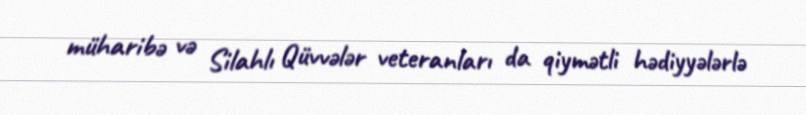
müharibə və Silahlı Qüvvələr veteranları da qiymətli hədiyyələrlə